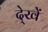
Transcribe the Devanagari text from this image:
दे्खें